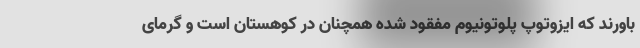
باورند که ایزوتوپ پلوتونیوم مفقود شده همچنان در کوهستان است و گرمای